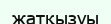
жатқызуы